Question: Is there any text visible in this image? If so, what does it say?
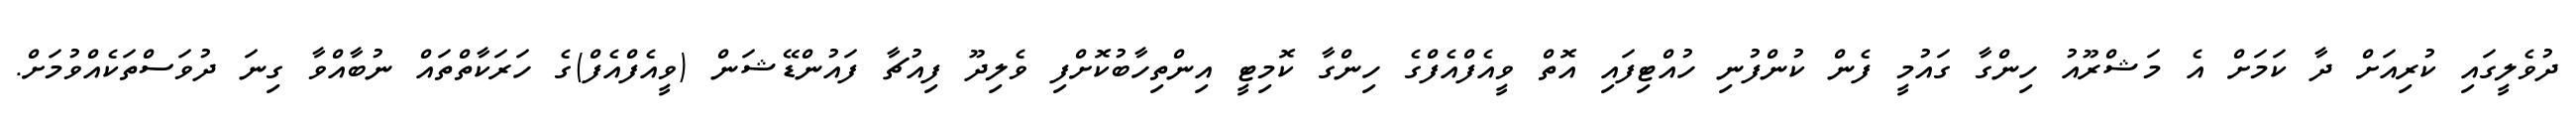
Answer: ދުވެލީގައި ކުރިއަށް ދާ ކަމަށް އެ މަޝްރޫއު ހިންގާ ގައުމީ ފެން ކުންފުނި ހުއްޓިފައި އޮތް ވީއެފްއެފްގެ ހިންގާ ކޮމިޓީ އިންތިހާބުކޮށްފި ވެލިދޫ ފިއުޗާ ފައުންޑޭޝަން (ވީއެފްއެފް)ގެ ހަރަކާތްތައް ނުބާއްވާ ގިނަ ދުވަސްތަކެއްވުމަށް.